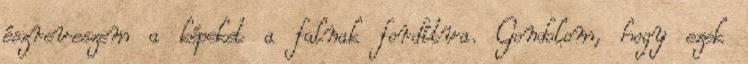
észreveszem a képeket a falnak fordítva. Gondolom, hogy ezek